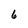
Character: 6